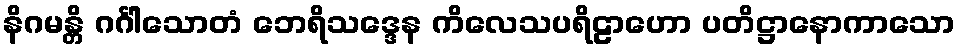
နိဂမန္တိ ဂင်္ဂါသောတံ ဘေရိသဒ္ဒေန ကိလေသပရိဠာဟော ပတိဋ္ဌာနောကာသော